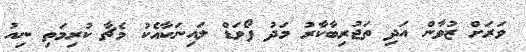
ވަރަށް ޒުވާން އަދި ތަޖުރިބާކާރު މަދު ފޯވަޑް ލައިނަކާއެކު މެޗާ ކުރިމަތި ނިއު